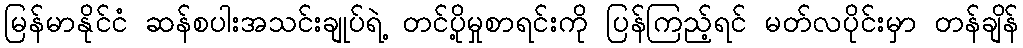
မြန်မာနိုင်ငံ ဆန်စပါးအသင်းချုပ်ရဲ့ တင်ပို့မှုစာရင်းကို ပြန်ကြည့်ရင် မတ်လပိုင်းမှာ တန်ချိန်